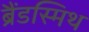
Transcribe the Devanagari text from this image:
ब्रैंडस्मिथ